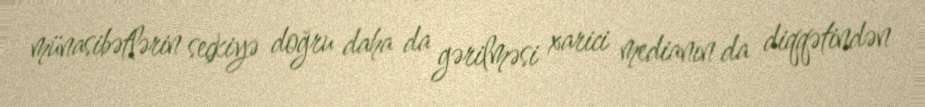
münasibətlərin seçkiyə doğru daha da gərilməsi xarici medianın da diqqətindən